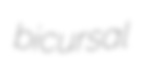
bicursal